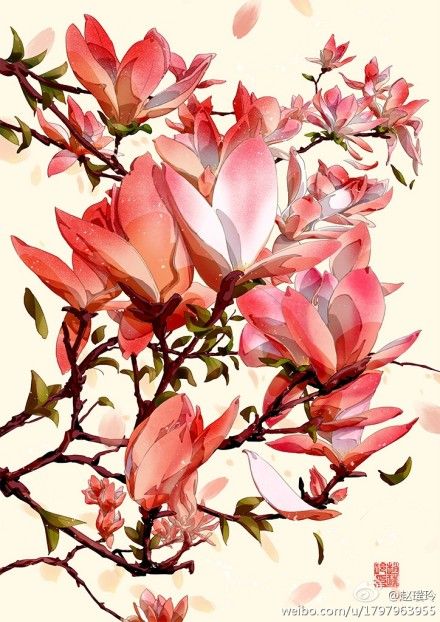
莺啼燕语报新年，马邑龙堆路几千。